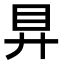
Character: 𥃲